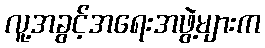
လူ့အခွင့်အရေးအဖွဲ့များက